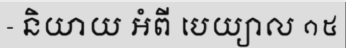
- និយាយ អំពី បេយ្យាល ១៥